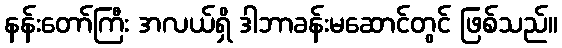
နန်းတော်ကြီး အလယ်ရှိ ဒါဘာခန်းမဆောင်တွင် ဖြစ်သည်။